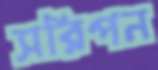
সরিপন